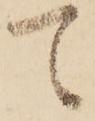
て